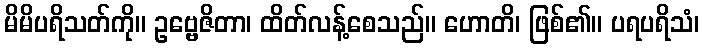
မိမိပရိသတ်ကို။ ဥဗ္ဗေဇိတာ၊ ထိတ်လန့်စေသည်။ ဟောတိ၊ ဖြစ်၏။ ပရပရိသံ၊